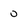
Character: u